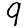
Digit: 9